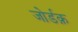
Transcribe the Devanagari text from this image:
जोर्डक़